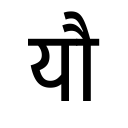
OCR:
यौ